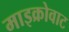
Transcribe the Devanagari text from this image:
माइक्रोवाट